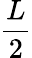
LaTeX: \frac L2